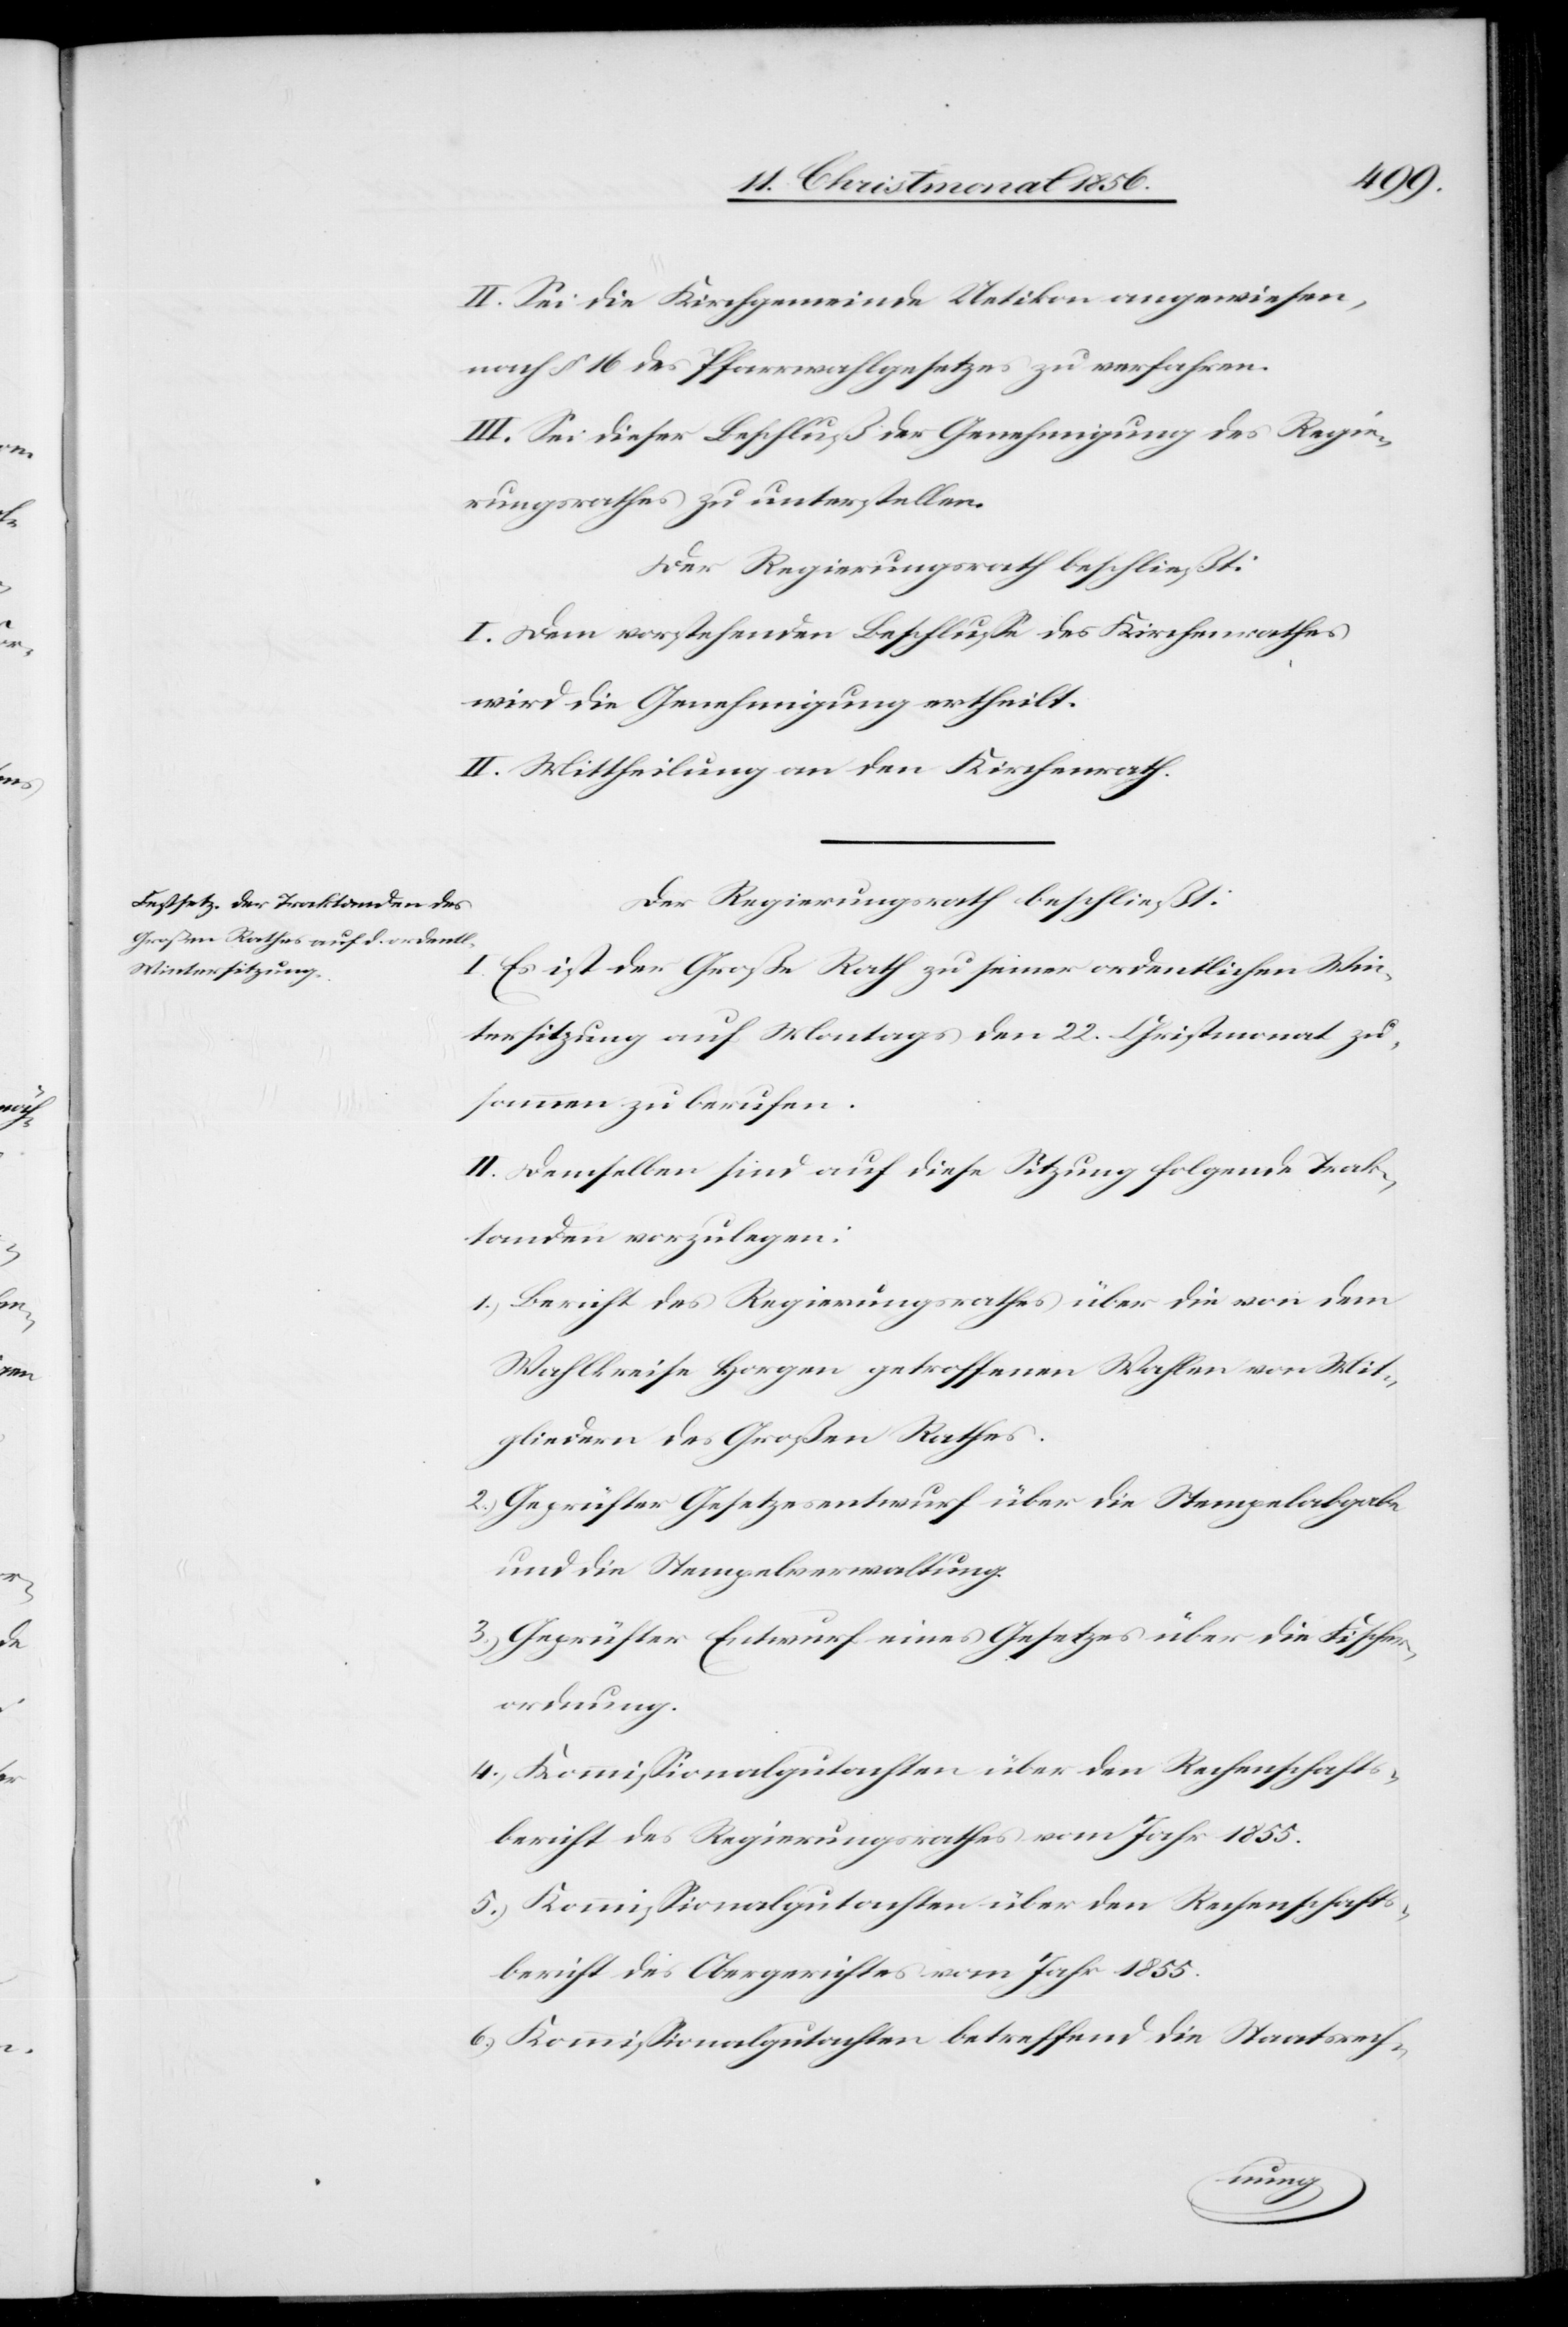
II. Sei die Kirchgemeinde Uetikon angewiesen,
nach § 16 des Pfarrwahlgesetzes zu verfahren.
III. Sei dieser Beschluß der Genehmigung des Regie¬
rungsrathes zu unterstellen.
I. Dem vorstehenden Beschlusse des Kirchenrathes
wird die Genehmigung ertheilt.
II. Mittheilung an den Kirchenrath.
Der Regierungsrath beschließt:
I.
Es ist der Große Rath zu seiner ordentlichen Win¬
tersitzung auf Montag den 22. Christmonat zu¬
sammen zu berufen.
II. Demselben sind auf diese Sitzung folgende Trak¬
tanden vorzulegen:
1.) Bericht des Regierungsrathes über die von dem
Wahlkreise Horgen getroffenen Wahlen von Mit¬
gliedern des Großen Rathes.
2.) Geprüfter Gesetzesentwurf über die Stempelabgabe
und die Stempelverwaltung.
3.) Geprüfter Entwurf eines Gesetzes über die Fischer¬
ordnung.
5.) Kommissionalgutachten über den Rechenschafts¬
bericht des Regierungsrathes vom Jahr 1855.
bericht des Obergerichtes vom Jahr 1855.
6.) Kommissionalgutachten betreffend die Staatsrech-